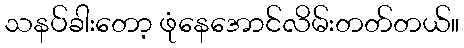
သနပ်ခါးတော့ ဖုံနေအောင်လိမ်းတတ်တယ်။